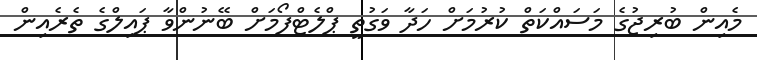
މެއިން ބުރިޖުގެ މަސައްކަތް ކުރުމަށް ހަދާ ވަގުތީ ޕްލެޓްފޯމަށް ބޭނުންވާ ޕައިލްގެ ތެރެއިން